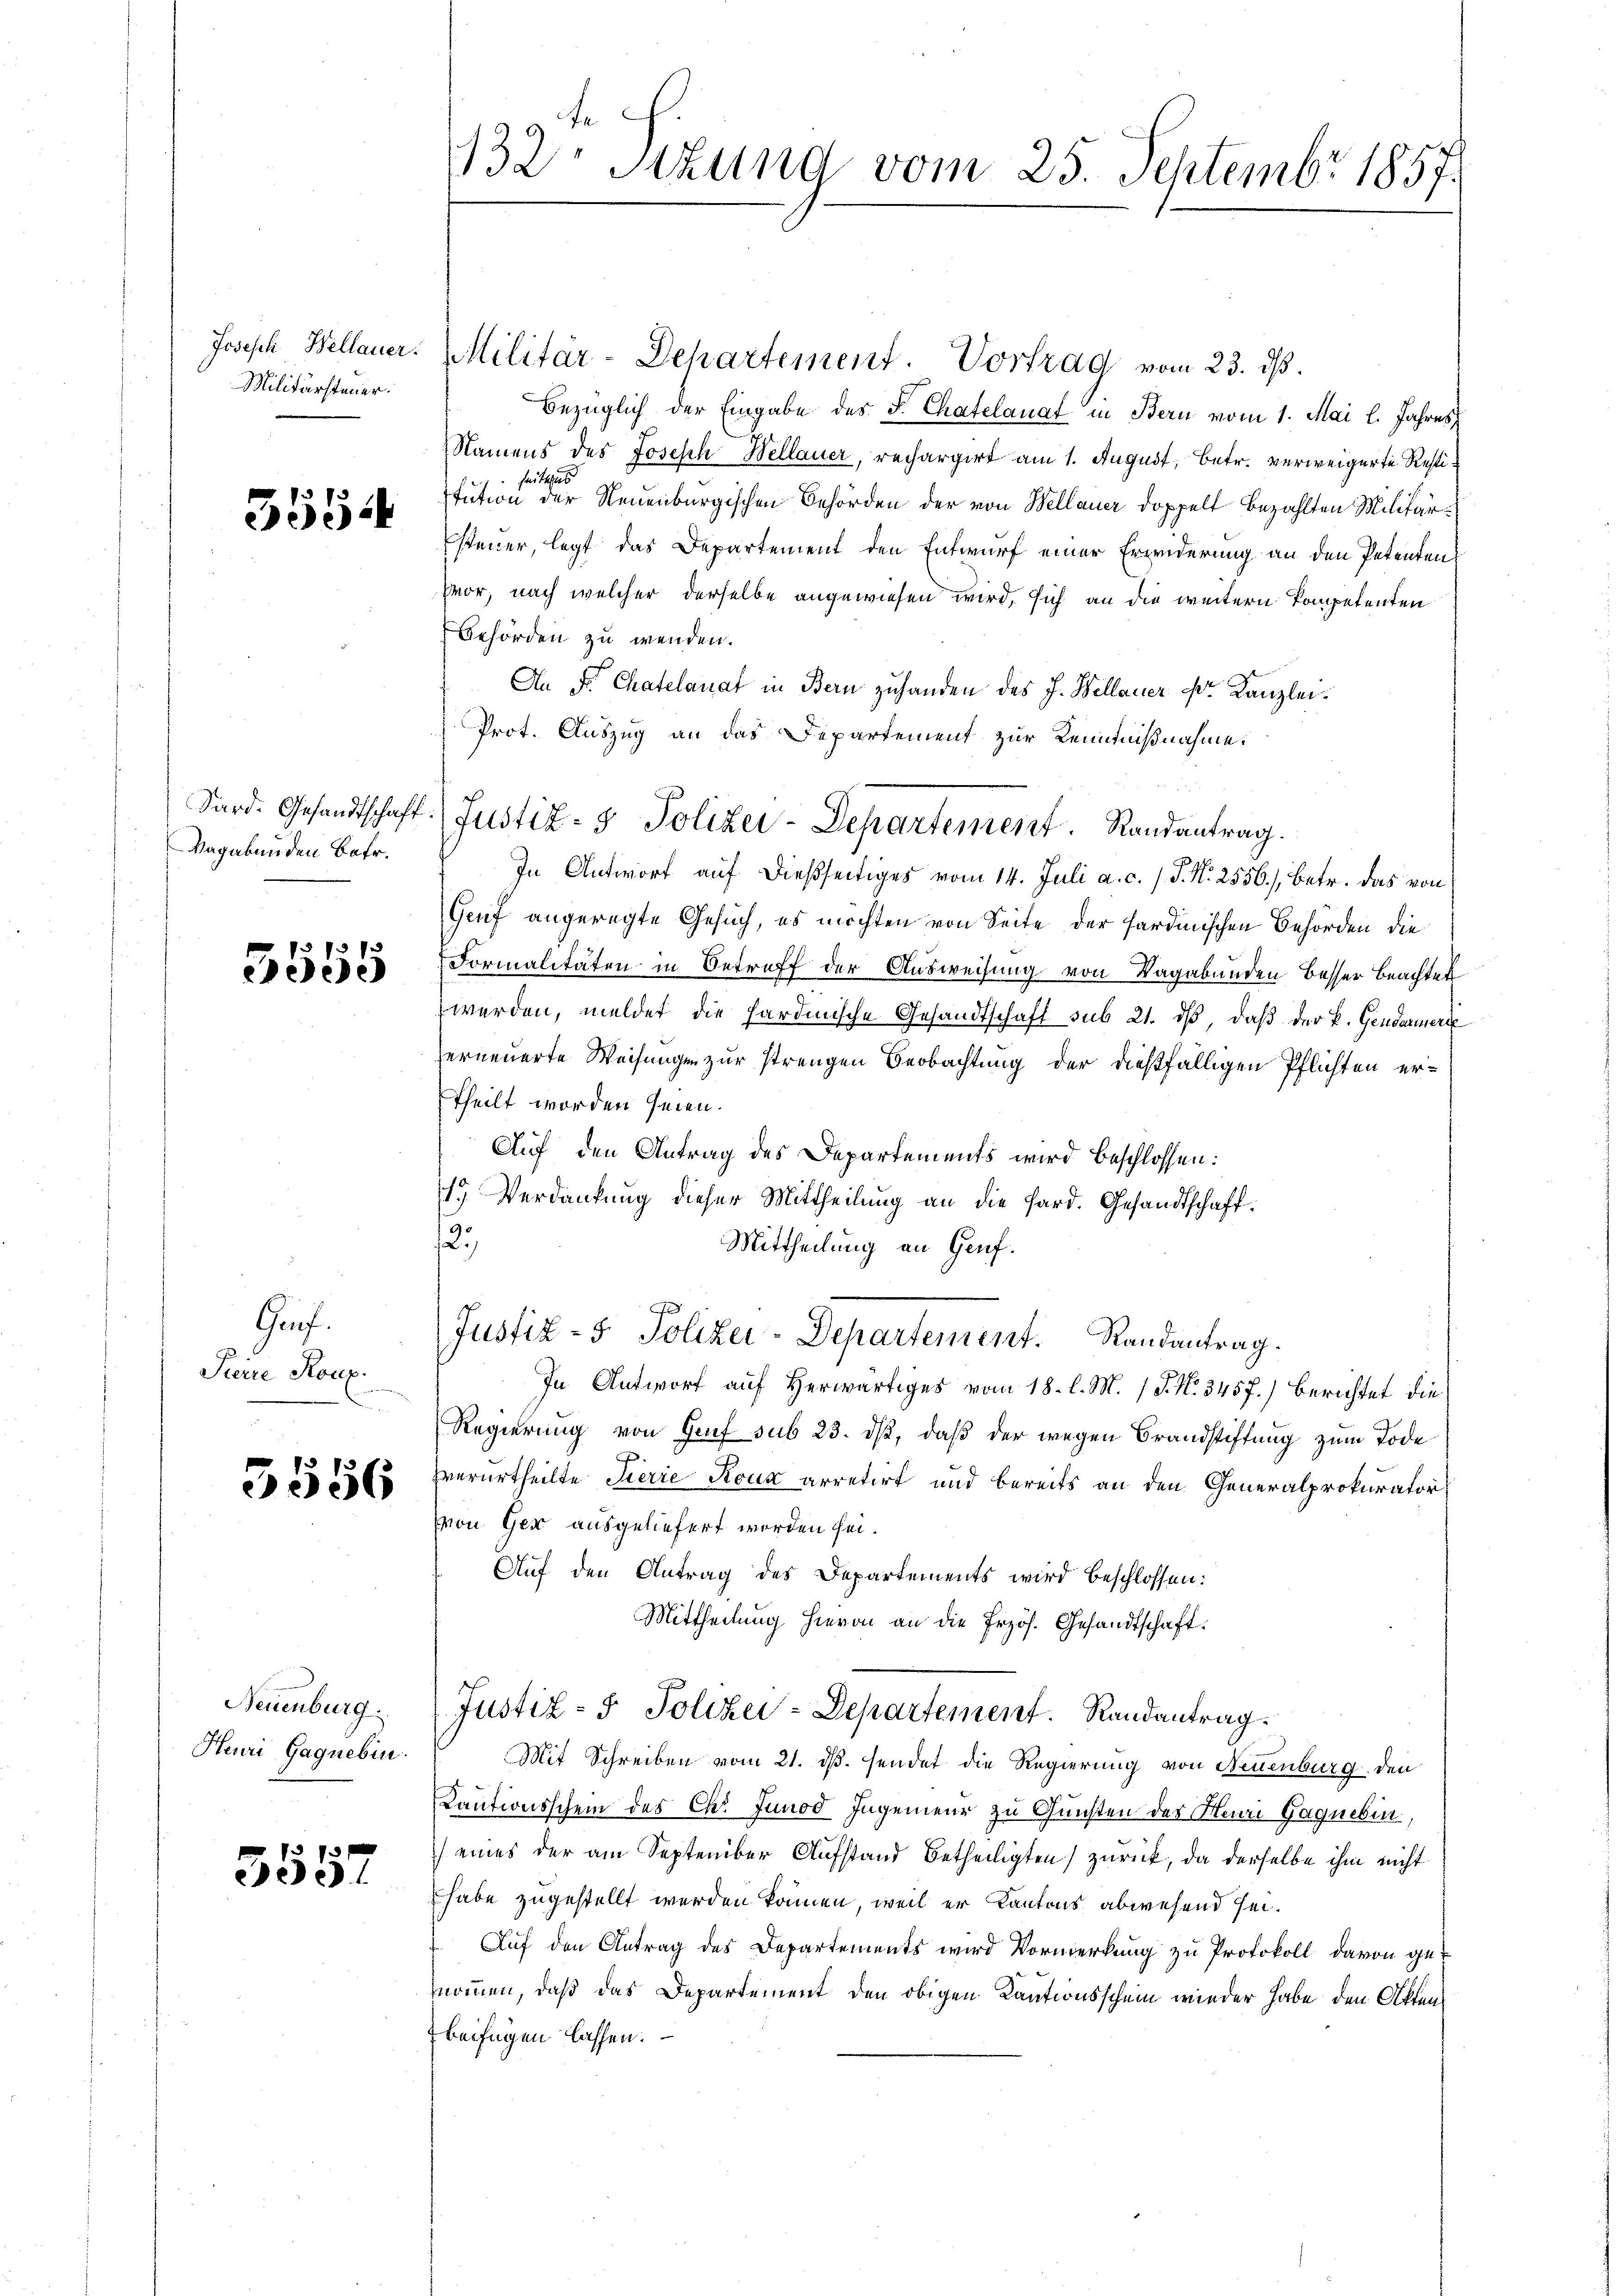
Joseph Bellauer.
Militärsteuer.

355

Vagabunden Betr.

5555

Gruf.
Steire Konz

5556

Neuenburg.
Heuri Gagnebin.

373 f
cede

132. Sitzung vom 25. Septembr 1857.

Militär-Departement. Vortrag vom 23. ds.
Bezüglich der Eingabe des F. Chatelanat in Bern vom 1. Mai l. Jahres
Namens des Joseph Wellauer, rechargirt am 1. August, betr. verweigerte Resti¬
Seiteres
tution der Neuenburgischen Behörden der von Wellauer doppelt bezahlten Militärsteuer, legt das Departement den Entwurf einer Erwiderung an den Petenten
Hor, nach welcher derselbe angewiesen wird, sich an die weitern kompetenten
Gehörden zu wenden.
An Fr. Chatelanat in Bern zuhanden des J. Wellauer Dr. Kanzlei¬
Prot. Auszug an das Departement zur Kenntnißnahme:
In Antwort auf dießseitiges vom 14. Juli a. c. 1 P. Nr. 2556), betr. das von
Genf angeregte Gesuch, es möchten von Seite der Hardmischen Behörden die
Formalitäten in Betreff der Ausweisung von Vagabunden besser Beachtes
werden, meldet die hardinische Gesandtschaft sub 21. dβ, daß der k. Gendarmerke
erneuerte Weisungen zur strengen Beobachtung der dießfälligen Pflichten ertheilt worden seien.
Auf den Antrag des Departements wird beschlossen:
1.) Verdankung dieser Mittheilung an die Sard. Gesandtschaft.
12.
Mittheilung an Genf.
J
Justiz- & Polizei-Departement. Randantrag.
In Antwort auf Herwärtiges vom 18. l. M. 1 S. No 3457.) Berichtet die
Regierung von Genf sub 23. ds, daß der wegen Brandstiftung zum Tode
verurtheilte Tierre Roux arretirt und bereits an den Generalprokurator
von Ger ausgeliefert worden sei.
Auf den Antrag des Departements wird beschlossen:
Mittheilung hievon an die Erzös. Gesandtschaft.
Justiz- & Polizei-Departement. Randantrag.
Mit Schreiben vom 21. ds. sendet die Regierung von Neuenburg den
Cautionsschein des Chr. Junod Ingenieur zu Gunsten des Mani Gagneben,
 eines der am September Aufstand betheiligten zurück, da derselbe ihm nicht
habe zugestellt werden können, weil er Kantons abwesend sei.
Auf den Antrag des Departements wird Vormerkung zu Protokoll davon ge-
nommen, daß das Departement den obigen Kautionsschein wieder habe den Akten
beifügen lassen.

Sard. Gesandtschaft: Justiz- & Polizei-Departement. Randantrag